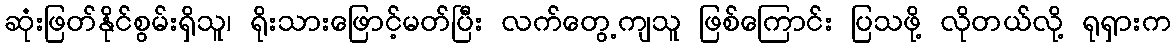
ဆုံးဖြတ်နိုင်စွမ်းရှိသူ၊ ရိုးသားဖြောင့်မတ်ပြီး လက်တွေ့ကျသူ ဖြစ်ကြောင်း ပြသဖို့ လိုတယ်လို့ ရုရှားက